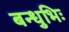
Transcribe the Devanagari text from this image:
बन्धुभिः